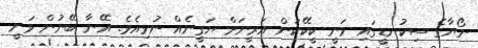
ނޯޔާގެ ސިކުނޑީގައި ވަނީ ކީކޭކަން އަރީނަށް ޔަގީނެއް ނުވިއެވެ. އޭނާ ބޭނުން ވަނީ